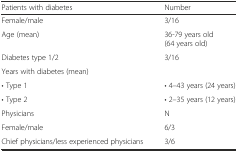
<table><thead><tr><td><b>Patients with diabetes</b></td><td><b>Number</b></td></tr></thead><tbody><tr><td>Female/male</td><td>3/16</td></tr><tr><td>Age (mean)</td><td>36-79 years old (64 years old)</td></tr><tr><td>Diabetes type 1/2</td><td>3/16</td></tr><tr><td>Years with diabetes (mean)</td><td></td></tr><tr><td>• Type 1</td><td>• 4–43 years (24 years)</td></tr><tr><td>• Type 2</td><td>• 2–35 years (12 years)</td></tr><tr><td>Physicians</td><td>N</td></tr><tr><td>Female/male</td><td>6/3</td></tr><tr><td>Chief physicians/less experienced physicians</td><td>3/6</td></tr></tbody></table>